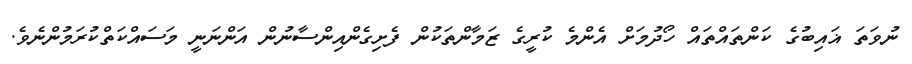
ނުވަތަ ޣައިބުގެ ކަންތައްތައް ހޯދުމަށް އެންމެ ކުރީގެ ޒަމާންތަކުން ފެށިގެންއިންސާނުން އަންނަނީ މަސައްކަތްކުރަމުންނެވެ.